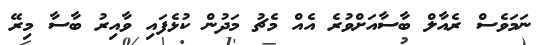
ނަމަވެސް ރެއާލް ބާސާއަށްވުރެ އެއް މެޗު މަދުން ކުޅެފައި ވާއިރު ބާސާ މިރޭ